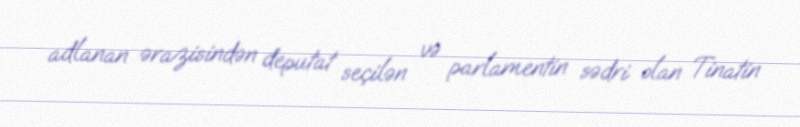
adlanan ərazisindən deputat seçilən və parlamentin sədri olan Tinatin